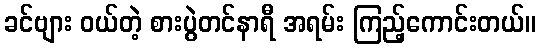
ခင်ဗျား ဝယ်တဲ့ စားပွဲတင်နာရီ အရမ်း ကြည့်ကောင်းတယ်။